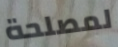
لمصلحة